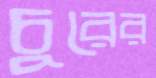
চুরের